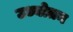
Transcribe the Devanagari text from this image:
उध्योतन